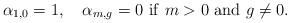
LaTeX: \begin{align*} \alpha_{1,0} = 1, \ \ \ \alpha_{m,g}=0 \ \mathrm{if} \ m>0 \ \mathrm{and} \ g\not=0.\end{align*}